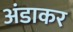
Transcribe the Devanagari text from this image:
अंडाकर